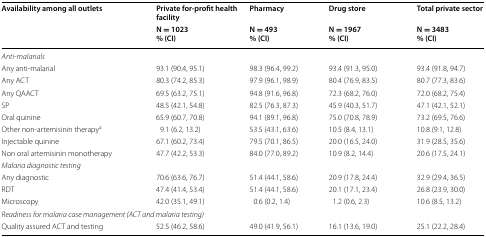
<table><thead><tr><td rowspan="2"><b>Availability among all outlets</b></td><td><b>Private for-profit health facility</b></td><td><b>Pharmacy</b></td><td><b>Drug store</b></td><td><b>Total private sector</b></td></tr><tr><td><b>N = 1023% (CI)</b></td><td><b>N = 493% (CI)</b></td><td><b>N = 1967% (CI)</b></td><td><b>N = 3483% (CI)</b></td></tr></thead><tbody><tr><td colspan="5"><i>Anti-malarials</i></td></tr><tr><td>Any anti-malarial</td><td>93.1 (90.4, 95.1)</td><td>98.3 (96.4, 99.2)</td><td>93.4 (91.3, 95.0)</td><td>93.4 (91.8, 94.7)</td></tr><tr><td>Any ACT</td><td>80.3 (74.2, 85.3)</td><td>97.9 (96.1, 98.9)</td><td>80.4 (76.9, 83.5)</td><td>80.7 (77.3, 83.6)</td></tr><tr><td>Any QAACT</td><td>69.5 (63.2, 75.1)</td><td>94.8 (91.6, 96.8)</td><td>72.3 (68.2, 76.0)</td><td>72.0 (68.2, 75.4)</td></tr><tr><td>SP</td><td>48.5 (42.1, 54.8)</td><td>82.5 (76.3, 87.3)</td><td>45.9 (40.3, 51.7)</td><td>47.1 (42.1, 52.1)</td></tr><tr><td>Oral quinine</td><td>65.9 (60.7, 70.8)</td><td>94.1 (89.1, 96.8)</td><td>75.0 (70.8, 78.9)</td><td>73.2 (69.5, 76.6)</td></tr><tr><td>Other non-artemisinin therapy<sup>a</sup></td><td>9.1 (6.2, 13.2)</td><td>53.5 (43.1, 63.6)</td><td>10.5 (8.4, 13.1)</td><td>10.8 (9.1, 12.8)</td></tr><tr><td>Injectable quinine</td><td>67.1 (60.2, 73.4)</td><td>79.5 (70.1, 86.5)</td><td>20.0 (16.5, 24.0)</td><td>31.9 (28.5, 35.6)</td></tr><tr><td>Non oral artemisinin monotherapy</td><td>47.7 (42.2, 53.3)</td><td>84.0 (77.0, 89.2)</td><td>10.9 (8.2, 14.4)</td><td>20.6 (17.5, 24.1)</td></tr><tr><td colspan="5"><i>Malaria diagnostic testing</i></td></tr><tr><td>Any diagnostic</td><td>70.6 (63.6, 76.7)</td><td>51.4 (44.1, 58.6)</td><td>20.9 (17.8, 24.4)</td><td>32.9 (29.4, 36.5)</td></tr><tr><td>RDT</td><td>47.4 (41.4, 53.4)</td><td>51.4 (44.1, 58.6)</td><td>20.1 (17.1, 23.4)</td><td>26.8 (23.9, 30.0)</td></tr><tr><td>Microscopy</td><td>42.0 (35.1, 49.1)</td><td>0.6 (0.2, 1.4)</td><td>1.2 (0.6, 2.3)</td><td>10.6 (8.5, 13.2)</td></tr><tr><td colspan="5"><i>Readiness for malaria case management (ACT and malaria testing)</i></td></tr><tr><td>Quality assured ACT and testing</td><td>52.5 (46.2, 58.6)</td><td>49.0 (41.9, 56.1)</td><td>16.1 (13.6, 19.0)</td><td>25.1 (22.2, 28.4)</td></tr></tbody></table>